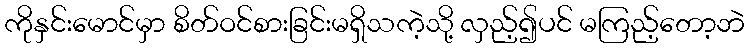
ကိုနှင်းမောင်မှာ စိတ်ဝင်စားခြင်းမရှိသကဲ့သို့ လှည့်၍ပင် မကြည့်တော့ဘဲ